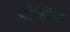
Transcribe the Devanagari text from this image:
ओझिल